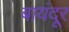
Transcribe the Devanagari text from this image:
बायंदूर